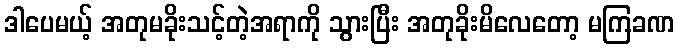
ဒါပေမယ့် အတုမခိုးသင့်တဲ့အရာကို သွားပြီး အတုခိုးမိလေတော့ မကြခဏ